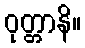
ဝုတ္တာနိ။